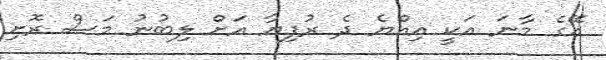
އޭގެ މާނަ އަކީ އިއްޔެ ދެ ރުފިޔާ އަށް ލިބުނު މަސް ރޮށި